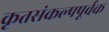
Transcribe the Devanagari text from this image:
कृतसंकल्पपूर्वक